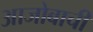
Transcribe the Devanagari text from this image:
आजोबाची